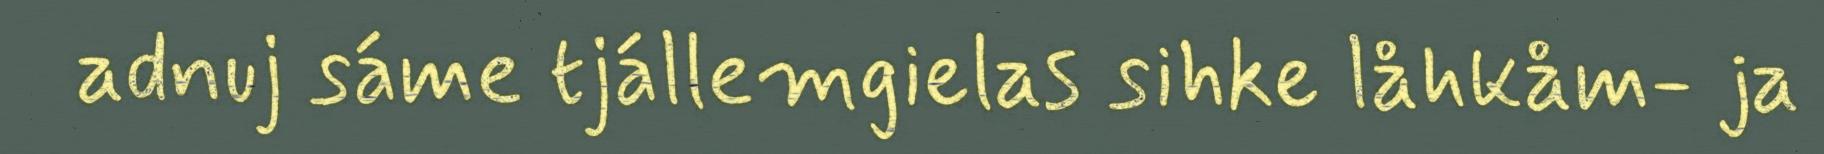
adnuj sáme tjállemgielas sihke låhkåm- ja